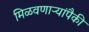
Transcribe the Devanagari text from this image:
मिळवणाऱ्यांपैकी